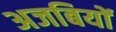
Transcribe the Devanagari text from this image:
अजबियों